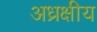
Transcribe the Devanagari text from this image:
अध्रक्षीय